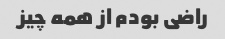
راضی بودم از همه چیز